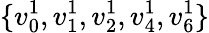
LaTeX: \{ v_{0}^{1},v_{1}^{1},v_{2}^{1},v_{4}^{1},v_{6}^{1}\}